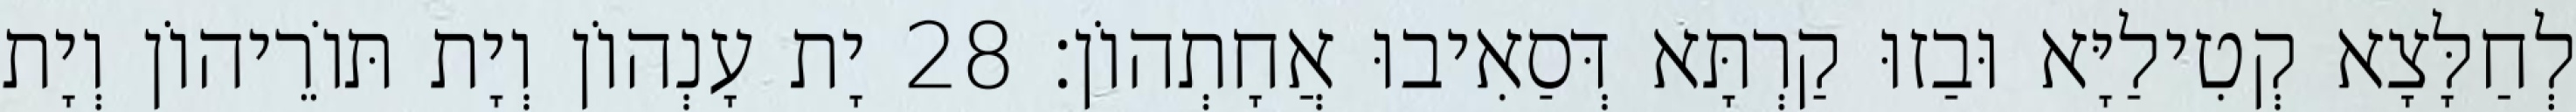
לְחַלָּצָא קְטִילַיָּא וּבַזוּ קַרְתָּא דְּסַאִיבוּ אֲחָתְהוֹן׃ 28 יָת עָנְהוֹן וְיָת תּוֹרֵיהוֹן וְיָת